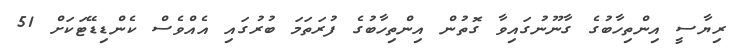
ރިޔާސީ އިންތިހާބުގެ ގާނޫނުގައިވާ ގޮތުން އިންތިހާބުގެ ފުރަތަމަ ބުރުގައި އެއްވެސް ކެންޑިޑޭޓަކަށް 51